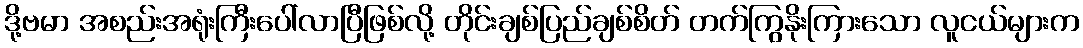
ဒို့ဗမာ အစည်းအရုံးကြီးပေါ်လာပြီဖြစ်လို့ တိုင်းချစ်ပြည်ချစ်စိတ် တက်ကြွနိုးကြားသော လူငယ်များက